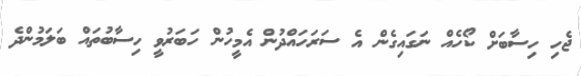
ޖެހި ހިސާބަށް ކޯހެއް ނަގައިގެން އެ ސަރަހައްދުން އެމީހުން ހަބަރުވީ ހިސާބުތައް ބަލަމުންދެ